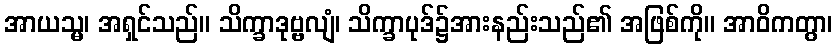
အာယသ္မ၊ အရှင်သည်။ သိက္ခာဒုဗ္ဗလျံ၊ သိက္ခာပုဒ်၌အားနည်းသည်၏ အဖြစ်ကို။ အာဝိကတွာ၊